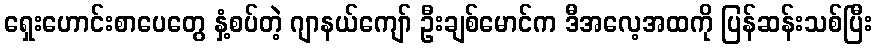
ရှေးဟောင်းစာပေတွေ နှံ့စပ်တဲ့ ဂျာနယ်ကျော် ဦးချစ်မောင်က ဒီအလေ့အထကို ပြန်ဆန်းသစ်ပြီး